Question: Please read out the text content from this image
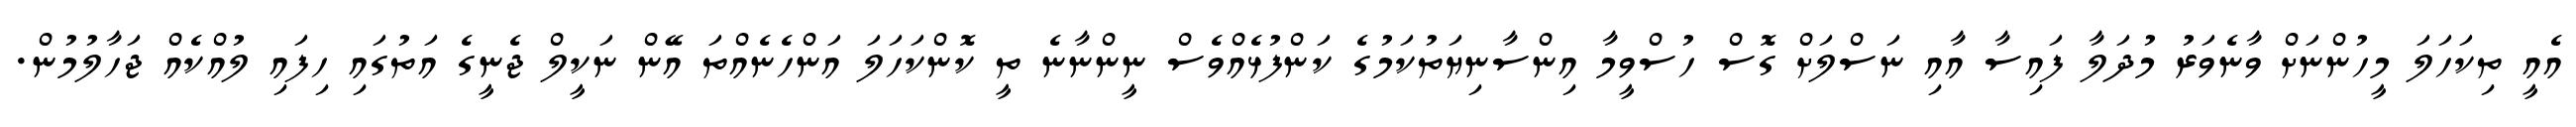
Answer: އެއީ ތިކަހަލަ މީހުންނަށް ވާނެވަރު މުދަލާ ފައިސާ އާއި ނަސްލަށް ގޮސް ހުސްވީމާ އިންސާނިޔަތުކަމުގެ ކަންފުޅެއްވެސް ނީންނާނެ ތީ ކޮންކަހަލަ އަންހެނެއްތަ އޭން ނަކީލް ޖެނީގެ އަތުގައި ހިފައި ލުއްކެއް ޖަހާލުމުން.